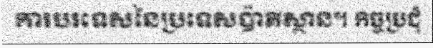
ការបរទេសនៃប្រទេសប៉ាគីស្ថាន។ កិច្ចប្រជុំ